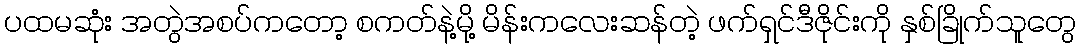
ပထမဆုံး အတွဲအစပ်ကတော့ စကတ်နဲ့မို့ မိန်းကလေးဆန်တဲ့ ဖက်ရှင်ဒီဇိုင်းကို နှစ်ခြိုက်သူတွေ